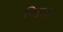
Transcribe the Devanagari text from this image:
कियुकी